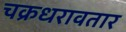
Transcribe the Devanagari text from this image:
चक्रधरावतार